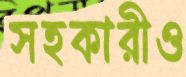
সহকারীও